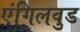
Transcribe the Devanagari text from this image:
एंगिलवुड